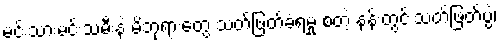
မင်းသားမင်းသမီးနဲ့ မိဘုရားတွေ သတ်ဖြတ်ခံရမှု စတဲ့ နန်းတွင်းသတ်ဖြတ်ပွဲ၊